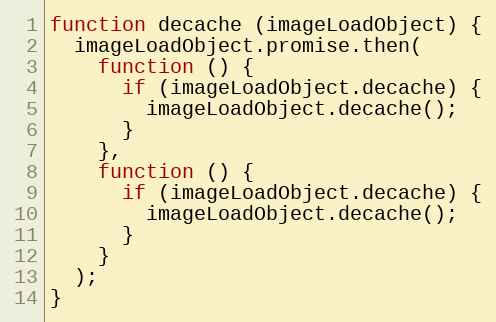
Language: JavaScript
function decache (imageLoadObject) {
  imageLoadObject.promise.then(
    function () {
      if (imageLoadObject.decache) {
        imageLoadObject.decache();
      }
    },
    function () {
      if (imageLoadObject.decache) {
        imageLoadObject.decache();
      }
    }
  );
}